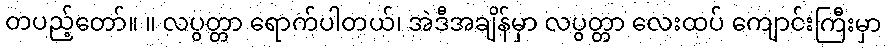
တပည့်တော်။ ။ လပွတ္တာ ရောက်ပါတယ်၊ အဲဒီအချိန်မှာ လပွတ္တာ လေးထပ် ကျောင်းကြီးမှာ